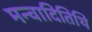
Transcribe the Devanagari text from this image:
मन्वादितिथि